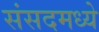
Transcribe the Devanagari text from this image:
संसदमध्ये